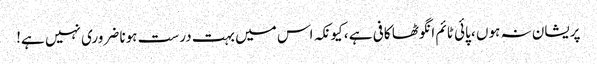
پریشان نہ ہوں ، پائی ٹائم انگوٹھا کافی ہے ، کیونکہ اس میں بہت درست ہونا ضروری نہیں ہے!